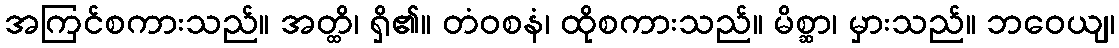
အကြင်စကားသည်။ အတ္ထိ၊ ရှိ၏။ တံဝစနံ၊ ထိုစကားသည်။ မိစ္ဆာ၊ မှားသည်။ ဘဝေယျ၊